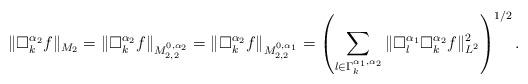
LaTeX: \begin{align*}\|\Box_k^{\alpha_2}f\|_{M_2}=\|\Box_k^{\alpha_2}f\|_{M_{2,2}^{0,\alpha_2}}=\|\Box_k^{\alpha_2}f\|_{M_{2,2}^{0,\alpha_1}}=\left(\sum_{l\in \Gamma_k^{\alpha_1,\alpha_2}}\|\Box_l^{\alpha_1}\Box_k^{\alpha_2}f\|^2_{L^2}\right)^{1/2}.\end{align*}